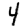
Digit: 4